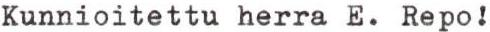
Kunnioitettu herra E. Repo!